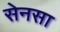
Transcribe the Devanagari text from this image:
सेनसा